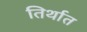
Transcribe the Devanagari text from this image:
तिर्थात